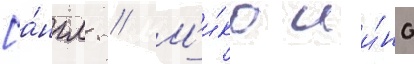
[а́нгл. // М'и́ко ии́но